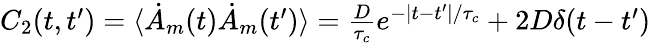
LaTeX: \begin{array}{r}{C_{2}(t,t^{\prime})=\langle\dot{A}_{m}(t)\dot{A}_{m}(t^{\prime})\rangle=\frac{D}{\tau_{c}}e^{-|t-t^{\prime}|/\tau_{c}}+2D\delta(t-t^{\prime})}\end{array}